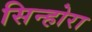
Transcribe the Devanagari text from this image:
सिन्होरा